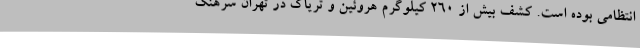
انتظامی بوده است. کشف بیش از 260 کیلوگرم هروئین و تریاک در تهران سرهنگ